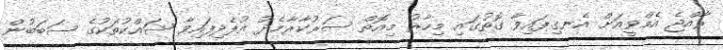
ރާއްޖެ އެމްވީއަށް އެނގިފައިވާ ގޮތުގައި މިހާރު މިއޮތް ސަރުކާރާމެދު އުފެދިފައިވާ ޝައްކުތަކުގެ ސަބަބުން